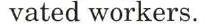
vated workers.